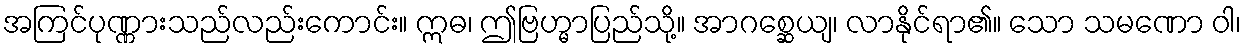
အကြင်ပုဏ္ဏားသည်လည်းကောင်း။ ဣဓ၊ ဤဗြဟ္မာပြည်သို့။ အာဂစ္ဆေယျ၊ လာနိုင်ရာ၏။ သော သမဏော ဝါ၊